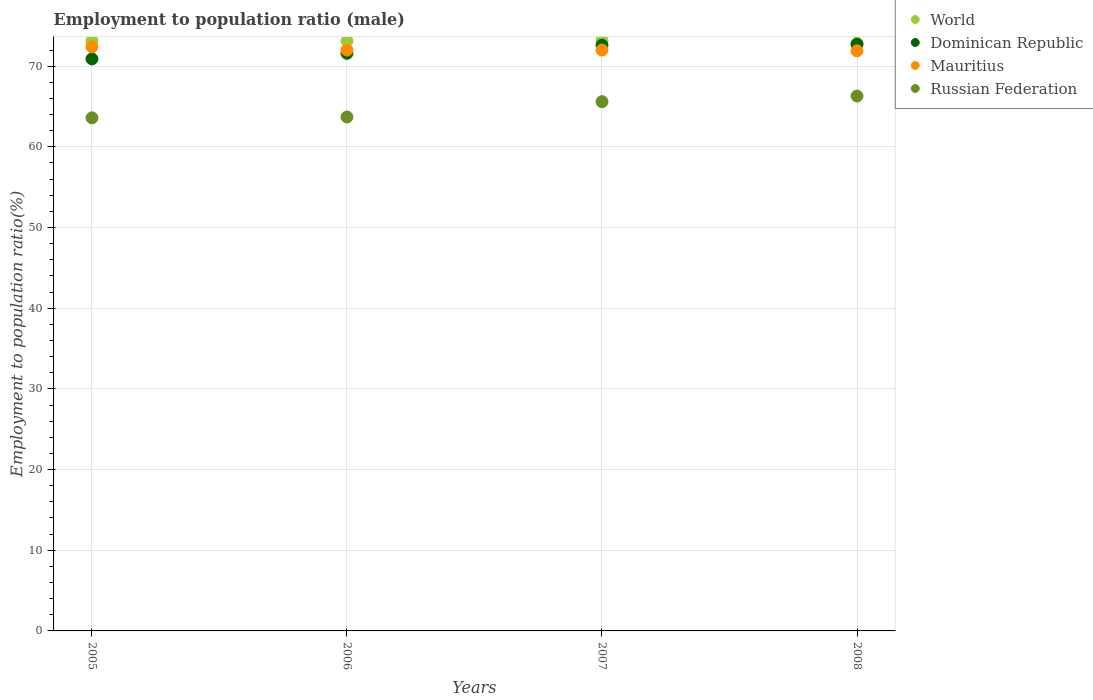
| Years | World | Dominican Republic | Mauritius | Russian Federation |
 | --- | --- | --- | --- | --- |
 | 2005 | 73.1 | 70.9 | 72.4 | 63.6 |
 | 2006 | 73.1 | 71.6 | 72 | 63.7 |
 | 2007 | 73.2 | 72.6 | 72 | 65.6 |
 | 2008 | 72.8 | 72.7 | 71.9 | 66.3 |